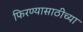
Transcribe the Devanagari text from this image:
फिरण्यासाठीच्या